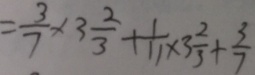
= \frac { 3 } { 7 } \times 3 \frac { 2 } { 3 } + \frac { 1 } { 1 1 } \times 3 \frac { 2 } { 3 } + \frac { 3 } { 7 }